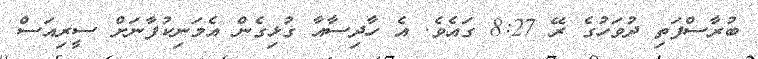
ބުރާސްފަތި ދުވަހުގެ ރޭ 8:27 ގައެވެ. އެ ހާދިސާއާ ގުޅިގެން އެމަނިކުފާނަށް ސީރިއަސް